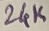
Text: 24K